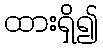
ထားရှိ၍